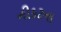
નીકટના